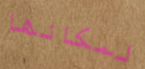
لمكانها